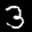
Label: 3